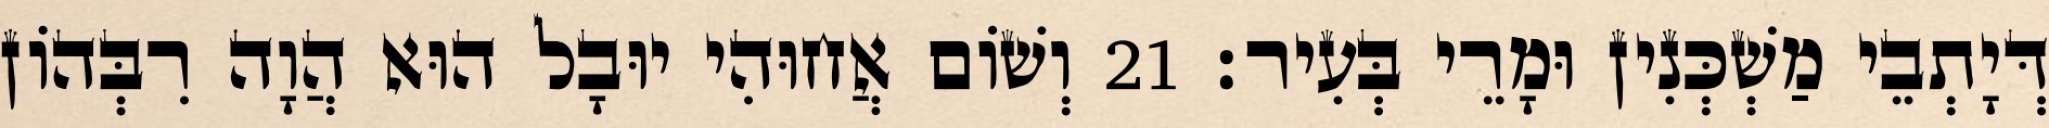
דְּיָתְבֵי מַשְׁכְּנִין וּמָרֵי בְּעִיר׃ 21 וְשׁוֹם אֲחוּהִי יוּבָל הוּא הֲוָה רִבְּהוֹן